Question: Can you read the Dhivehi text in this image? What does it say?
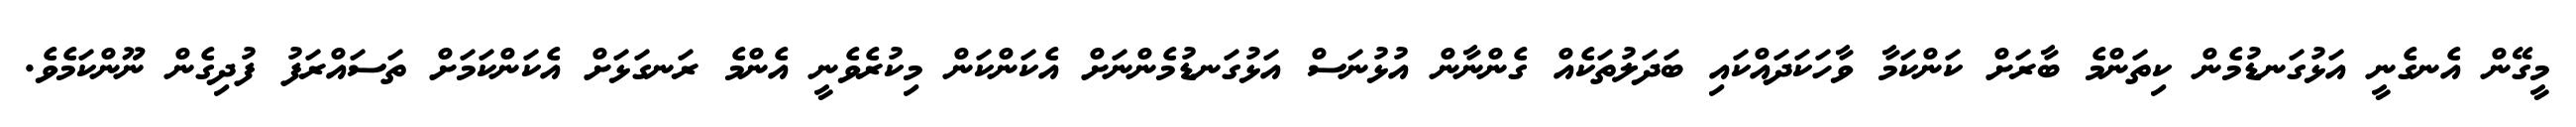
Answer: މީގޭން އެނގެނީ އަޅުގަނޑުމެން ކިތަންމެ ބާރަށް ކަންކަމާ ވާހަކަދައްކައި ބަދަލުތަކެއް ގެންނާން އުޅުނަސް އަޅުގަނޑުމެންނަށް އެކަންކަން މިކުރެވެނީ އެންމެ ރަނގަޅަށް އެކަންކަމަށް ތަސައްރަފު ފުދިގެން ނޫންކަމެވެ.